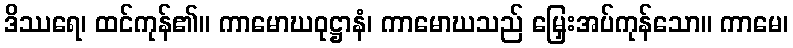
ဒိဿရေ၊ ထင်ကုန်၏။ ကာမောဃဝုဋ္ဌာနံ၊ ကာမောဃသည် မြှေးအပ်ကုန်သော။ ကာမေ၊